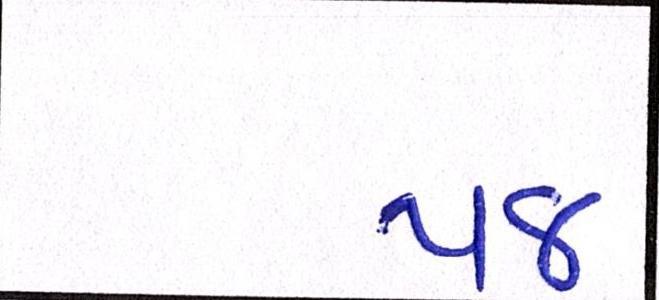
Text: ૫૪